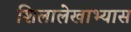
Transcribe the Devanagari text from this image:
शिलालेखाभ्यास